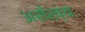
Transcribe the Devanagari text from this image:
असँख्य